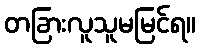
တခြားလူသူမမြင်ရ။